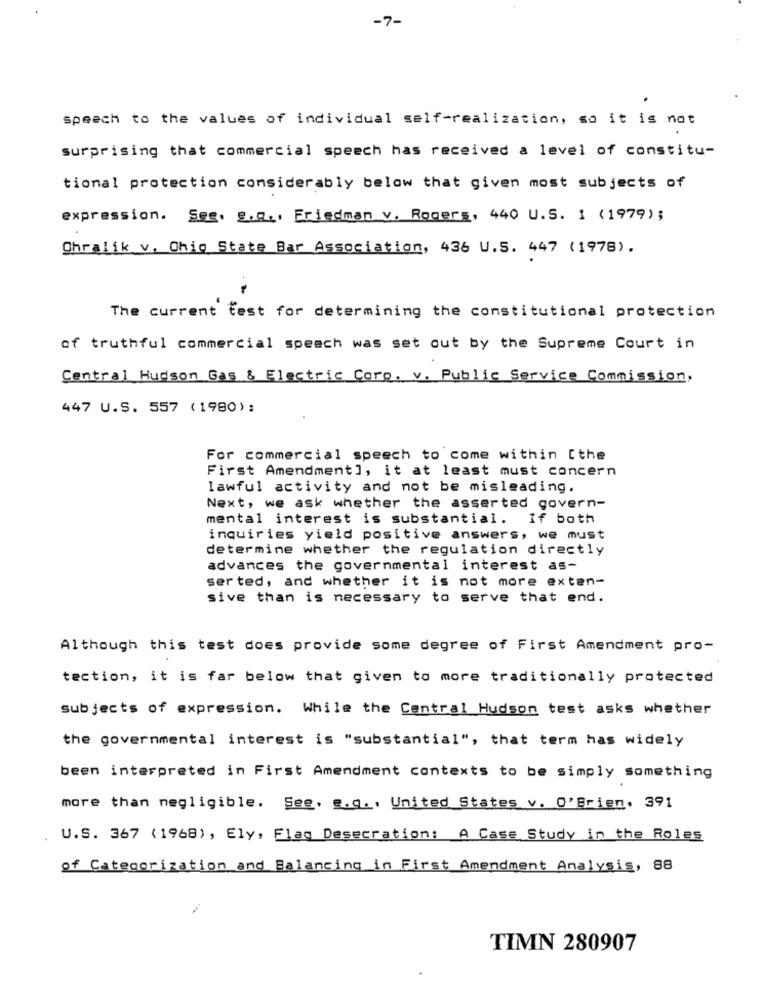
-7-
speech to the values of individual self-realization, so it is not
surprising that commercial speech has received a level of constitu-
tional protection considerably below that given most subjects of
expression. Seg. E.a ., Friedman v. Rogers, 440 U. S. 1 (1979) ;
Chralik v. Ohio State Bar Association, 436 U.S. 447 (1978) .
The current test for determining the constitutional protection
of truthful commercial speech was set out by the Supreme Court in
Central Hudson Gas & Electric Corp. v. Public Service Commission,
447 U.S. 557 (1980):
For commercial speech to come within [the
First Amendment], it at least must concern
lawful activity and not be misleading.
Next, we ask whether the asserted govern-
mental interest is substantial. If both
inquiries yield positive answers, we must
determine whether the regulation directly
advances the governmental interest as-
ser ted, and whether it is not more exten-
sive than is necessary to serve that end.
Although this test does provide some degree of First Amendment pro-
tection, it is far below that given to more traditionally protected
subjects of expression. While the Central Hudson test asks whether
the governmental interest is "substantial", that term has widely
been interpreted in First Amendment contexts to be simply something
more than negligible. See. g.q .. United States v. O'Brien. 391
U.S. 367 (1968), Ely, Flag Desecration: A Case Study in the Roles
of Categorization and Balancing in First Amendment Analysis, 88
TIMN 280907